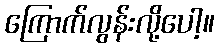
ကြောက်လွန်းလို့ပေါ့။